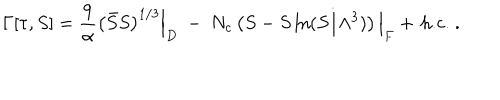
LaTeX: \Gamma [ \tau , S ] = { \frac { 9 } { \alpha } } \left( \bar { S } S \right) ^ { 1 / 3 } \Big | _ { D } ~ - ~ N _ { c } \left( S - S \ln ( S / \Lambda ^ { 3 } ) \right) \Big | _ { F } + \, \mathrm { h . c . } ~ .